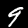
Digit: 9